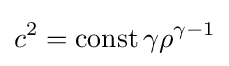
c^{2}={\text{const}}\,\gamma \rho ^{\gamma -1}